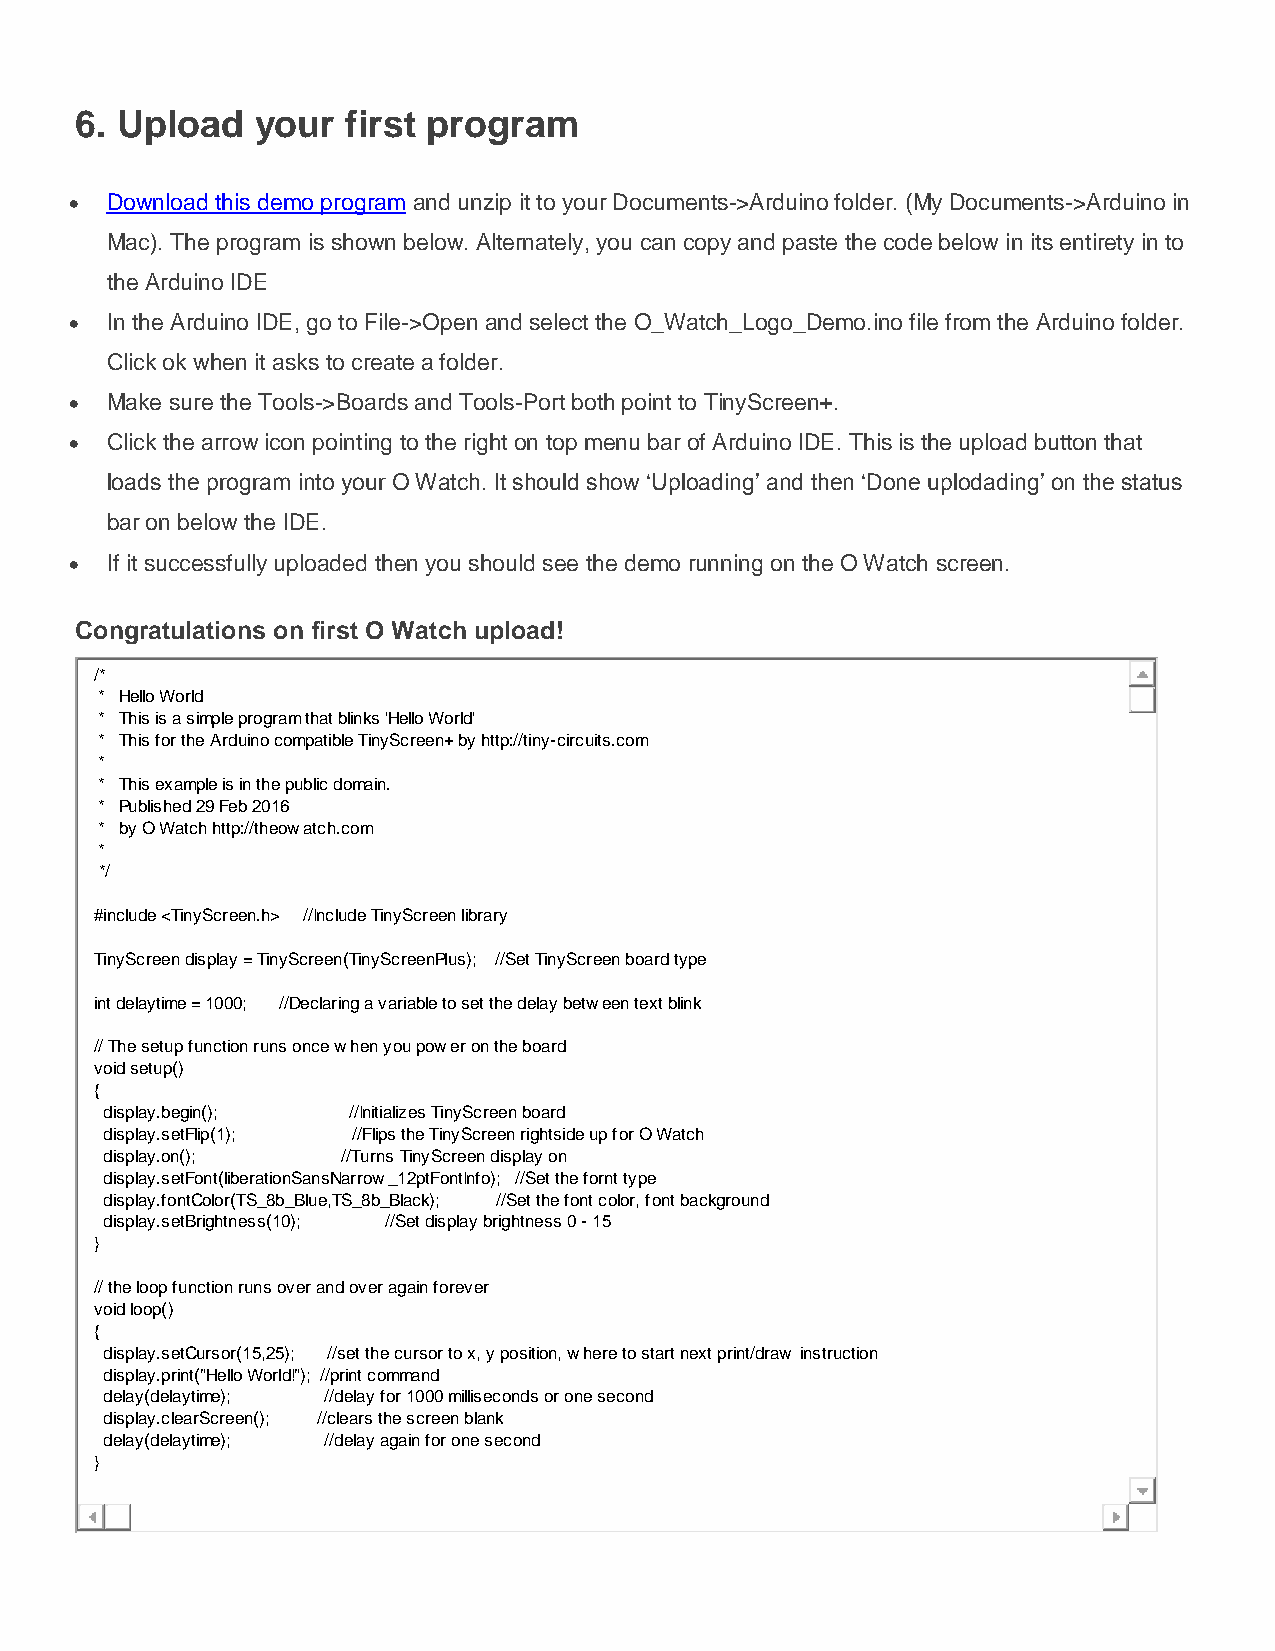
6. Upload   your  first program
  Download this demo program and unzip it to your Documents->Arduino folder. (My Documents->Arduino in
 Mac). The program is shown below. Alternately, you can copy and paste the code below in its entirety in to
 the Arduino IDE
  In the Arduino IDE, go to File->Open and select the O_Watch_Logo_Demo.ino file from the Arduino folder.
 Click ok when it asks to create a folder.
  Make sure the Tools->Boards and Tools-Port both point to TinyScreen+.
  Click the arrow icon pointing to the right on top menu bar of Arduino IDE. This is the upload button that
 loads the program into your O Watch. It should show ‘Uploading’ and then ‘Done uplodading’ on the status
 bar on below the IDE.
  If it successfully uploaded then you should see the demo running on the O Watch screen.
 Congratulations on first O Watch upload!
 /*
 * Hello World
 * This is a simple program that blinks 'Hello World'
 * This for the Arduino compatible TinyScreen+ by http://tiny-circuits.com
 *
 * This example is in the public domain.
 * Published 29 Feb 2016
 * by O Watch http://theowatch.com
 *
 */
 #include <TinyScreen.h> //Include TinyScreen library
 TinyScreen display = TinyScreen(TinyScreenPlus); //Set TinyScreen board type
 int delaytime = 1000; //Declaring a variable to set the delay between text blink
 // The setup function runs once when you power on the board
 void setup()
 {
 display.begin(); //Initializes TinyScreen board
 display.setFlip(1); //Flips the TinyScreen rightside up for O Watch
 display.on();   //Turns TinyScreen display on
 display.setFont(liberationSansNarrow_12ptFontInfo); //Set the fornt type
 display.fontColor(TS_8b_Blue,TS_8b_Black); //Set the font color, font background
 display.setBrightness(10); //Set display brightness 0 - 15
 }
 // the loop function runs over and over again forever
 void loop()
 {
 display.setCursor(15,25); //set the cursor to x, y position, where to start next print/draw instruction
 display.print("Hello World!"); //print command
 delay(delaytime); //delay for 1000 milliseconds or one second
 display.clearScreen(); //clears the screen blank
 delay(delaytime); //delay again for one second
 }